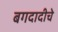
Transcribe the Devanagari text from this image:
बगदादीचे